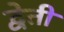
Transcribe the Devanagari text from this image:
द्वेती